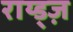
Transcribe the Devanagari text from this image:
राय्ड्ज़